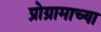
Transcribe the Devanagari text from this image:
प्रोग्रामाच्या